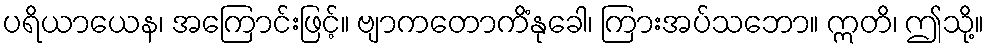
ပရိယာယေန၊ အကြောင်းဖြင့်။ ဗျာကတောကိံနုခေါ၊ ကြားအပ်သဘော။ ဣတိ၊ ဤသို့။